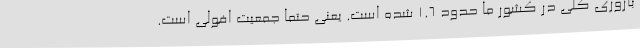
باروری کلی در کشور ما حدود ۱.۶ شده است. یعنی حتما جمعیت افولی است.